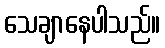
သေချာနေပါသည်။